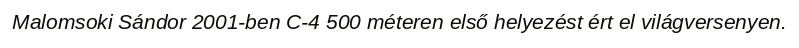
Malomsoki Sándor 2001-ben C-4 500 méteren első helyezést ért el világversenyen.